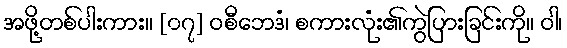
အဖို့တစ်ပါးကား။ [၀၇] ဝစီဘေဒံ၊ စကားလုံး၏ကွဲပြားခြင်းကို။ ဝါ၊